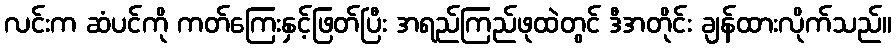
လင်းက ဆံပင်ကို ကတ်ကြေးနှင့်ဖြတ်ပြီး အရည်ကြည်ဖုထဲတွင် ဒီအတိုင်း ချန်ထားလိုက်သည်။